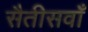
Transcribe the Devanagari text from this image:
सैतीसवाँ